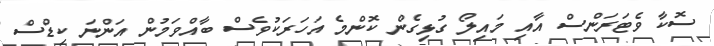
ސޮކާ ވެޓަރަންސް އާއި މައިލޯ ގުޅިގެން ކޮންމެ އަހަރަކުވެސް ބާއްވަމުން އަންނަ ކިޑްސް